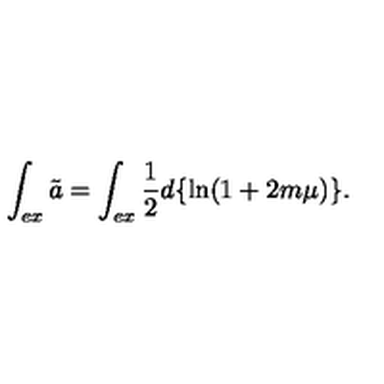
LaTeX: \int _ { e x } \tilde { a } = \int _ { e x } \frac { 1 } { 2 } d \{ \ln ( 1 + 2 m \mu ) \} .